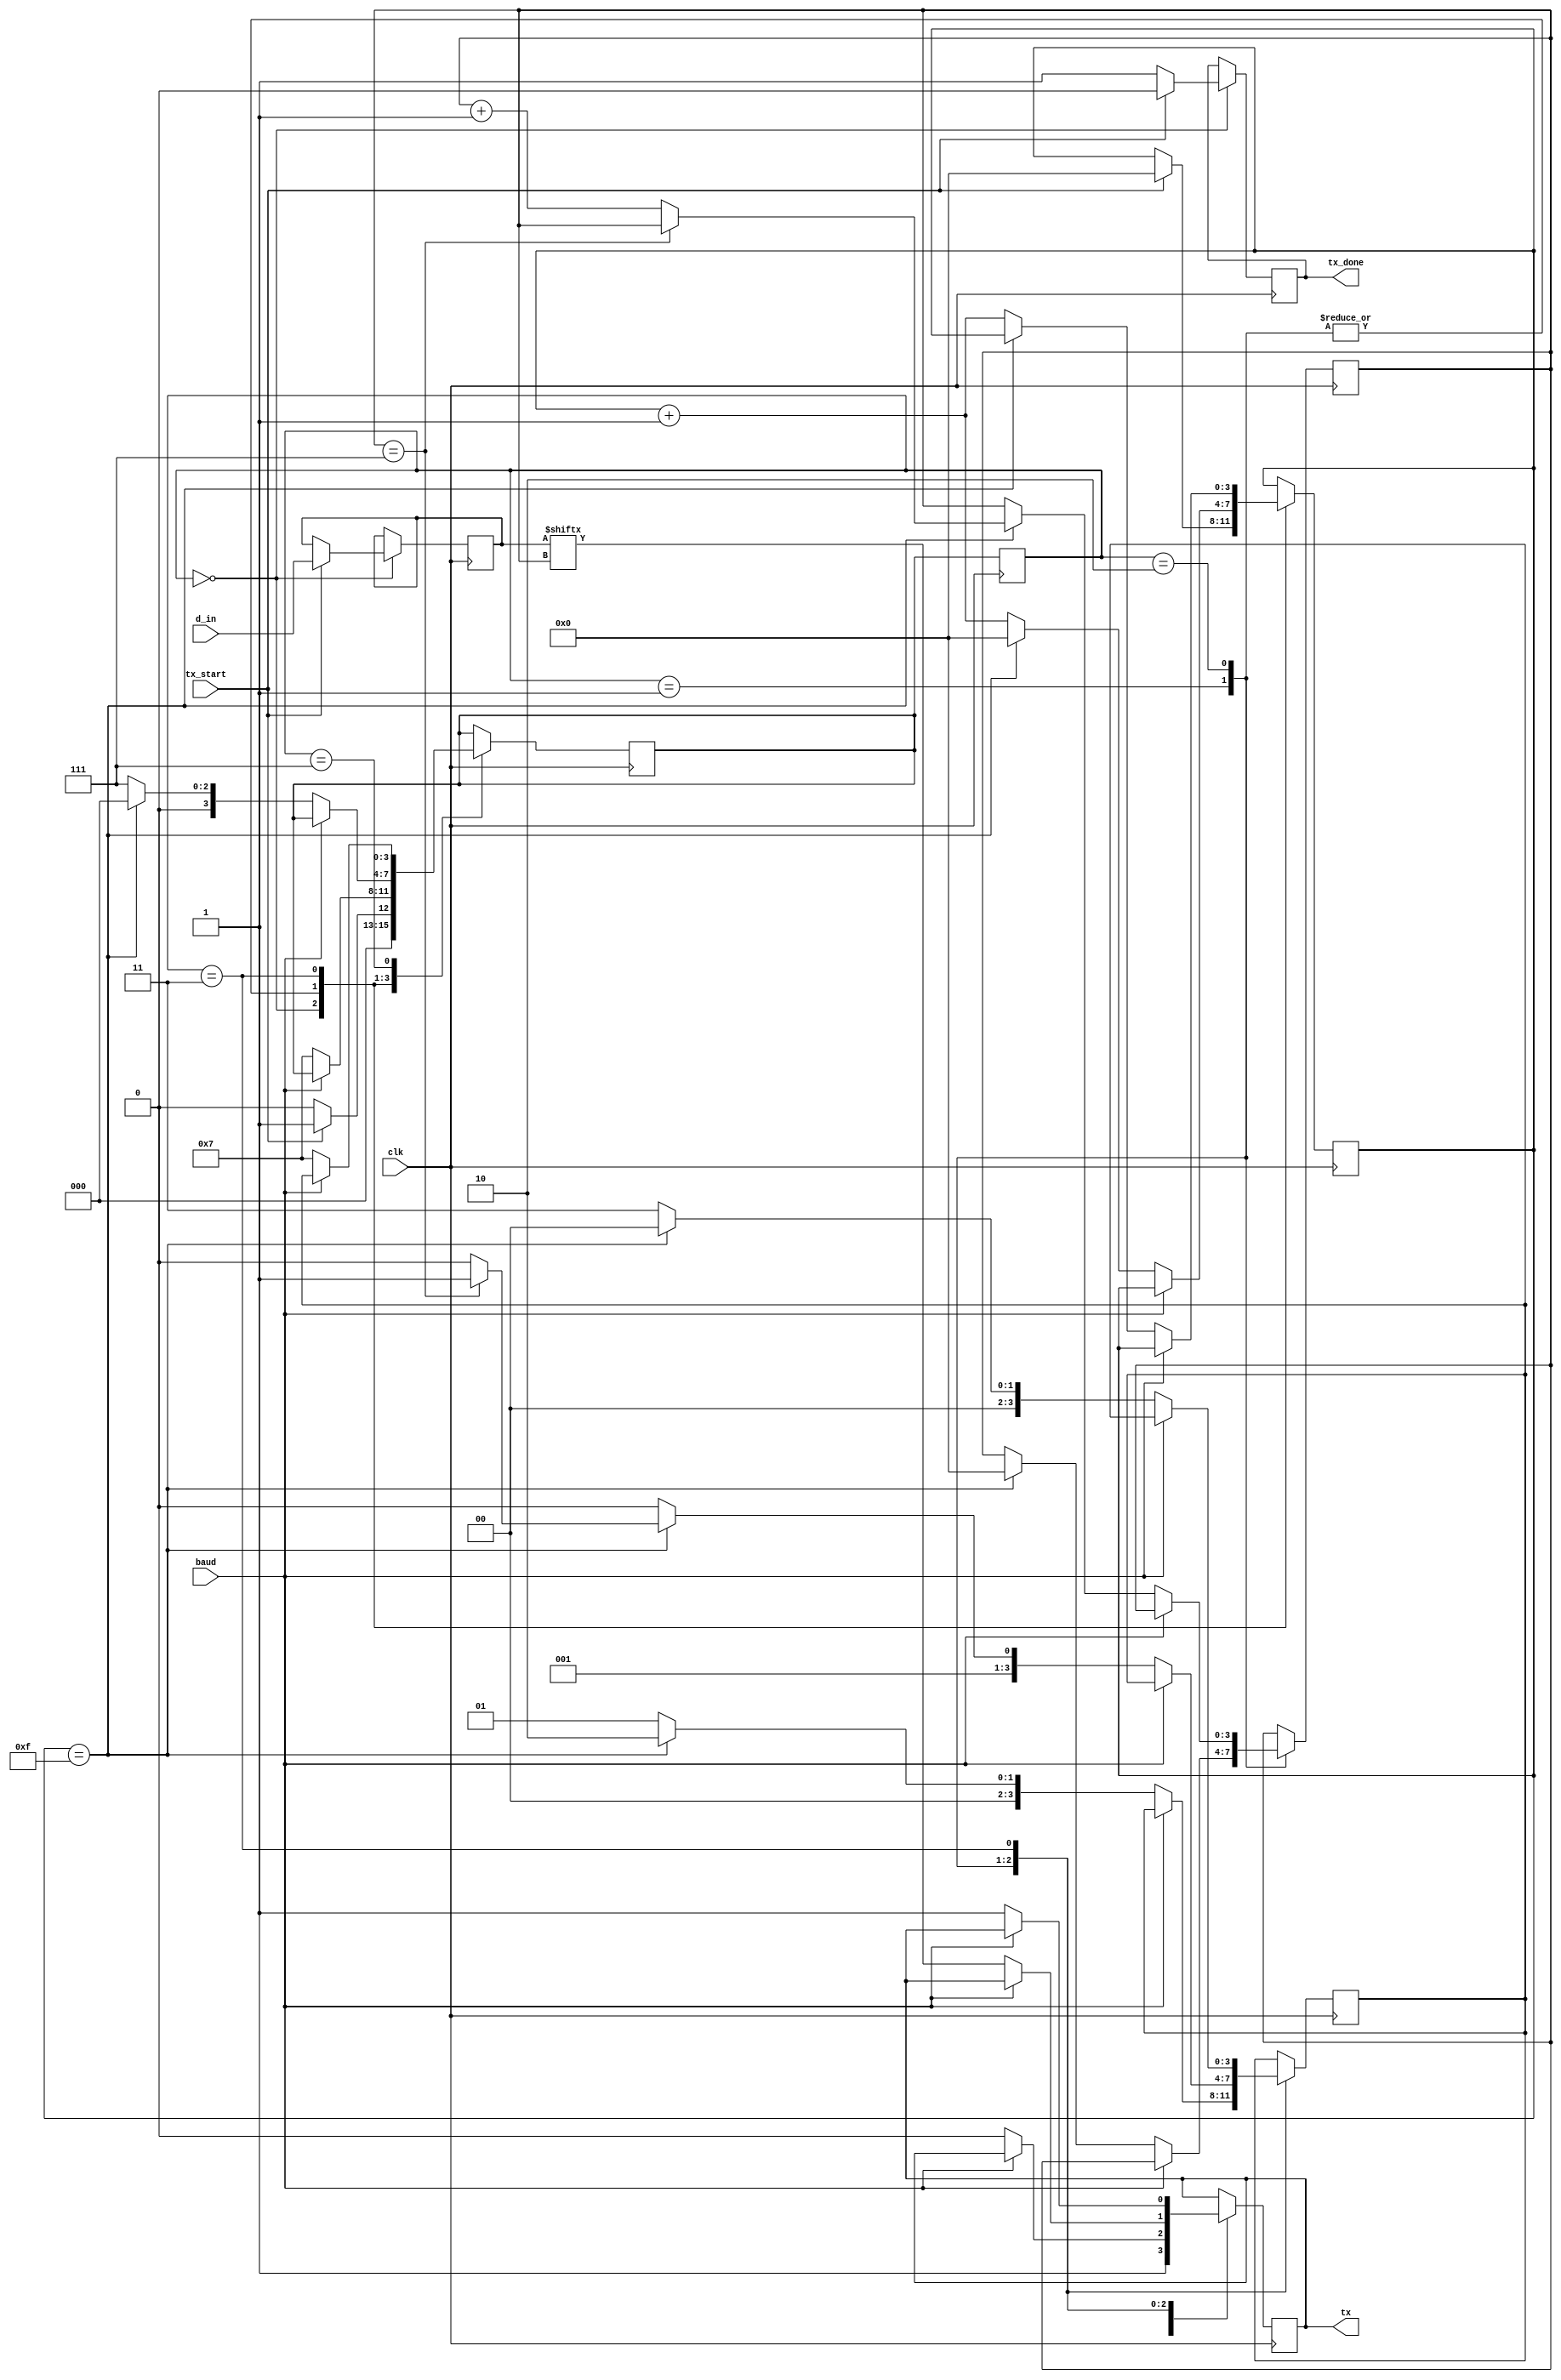
`timescale 1ns / 1ps
//////////////////////////////////////////////////////////////////////////////////
// Company: 
// Engineer: 
// 
// Design Name: 
// Module Name:    tx 
// Project Name: 
// Target Devices: 
// Tool versions: 
// Description: 
//
// Dependencies: 
//
// Revision: 
// Revision 0.01 - File Created
// Additional Comments: 
//
//////////////////////////////////////////////////////////////////////////////////
module tx
(
	input wire tx_start,
	input wire [7:0]d_in,
	input wire clk,
	input wire baud,
	output reg tx,
	output reg tx_done
);

//Estados
localparam [3:0] IDLE = 3'b000,
					  START = 3'b001,
					  DATA = 3'b010,
					  STOP = 3'b011,
					  WAIT = 3'b111;
					  
					  
					  
//Variables internas
reg [3:0] current_state = 3'b000;
reg [3:0] next_state = 3'b000;
reg [3:0] state_after_wait = 3'b000;
reg [3:0] n = 0;
reg [3:0] s = 0;
reg [7:0] buffer = 1;

always @(posedge clk)
begin
	current_state <= next_state;
end
		
always @(posedge clk) // always de logica de salida
begin
	//d_out = buffer;
	//current_state = next_state;
	case(current_state)
		IDLE: // estado inicial. Idle
				begin
					tx_done = 1;
					tx = 1;
					if(tx_start == 1)
					begin
						buffer = d_in;
						tx_done = 0;
						s = 0;
						next_state = START;	
					end
					else
						next_state = IDLE;
				end
		START: // se recibe el bit de start
				begin
					if(baud==0)
					begin
						tx = 0;
						if(s==15)
						begin
							s=0;
							n=0;
							next_state = WAIT;
							state_after_wait = DATA;
						end
						else
						begin
							s = s+1;
							next_state = WAIT;
							state_after_wait = START;
						end
					end
				end	
		DATA: 
				begin
					if(baud == 0)
					begin
						tx = buffer[n];
						if(s==15)
						begin
							if(n==7)
							begin
								s=0;
								next_state = WAIT;
								state_after_wait = STOP;
							end
							else
							begin
								n=n+1;
								s=0;
								next_state = WAIT;
								state_after_wait = DATA;
							end
						end
						else
						begin
							s = s+1;
							next_state = WAIT;
							state_after_wait = DATA;
						end
					end
				end
		STOP: // se guarda el dato en el buffer
				begin
					if(baud == 0)
					begin
						tx=1;
						if(s == 15)
						begin
							next_state = IDLE;
							state_after_wait = IDLE;
						end
						else
						begin
							s=s+1;
							next_state = WAIT;
							state_after_wait = STOP;
						end
					end
				end
		WAIT:
			begin
				if(baud==0)
				begin
					next_state = WAIT;
				end
				else
				begin
					next_state = state_after_wait;
				end
			end
	endcase
end//always de logica de salida
	

endmodule